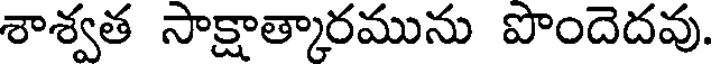
శాశ్వత సాక్షాత్కారమును పొందెదవు.